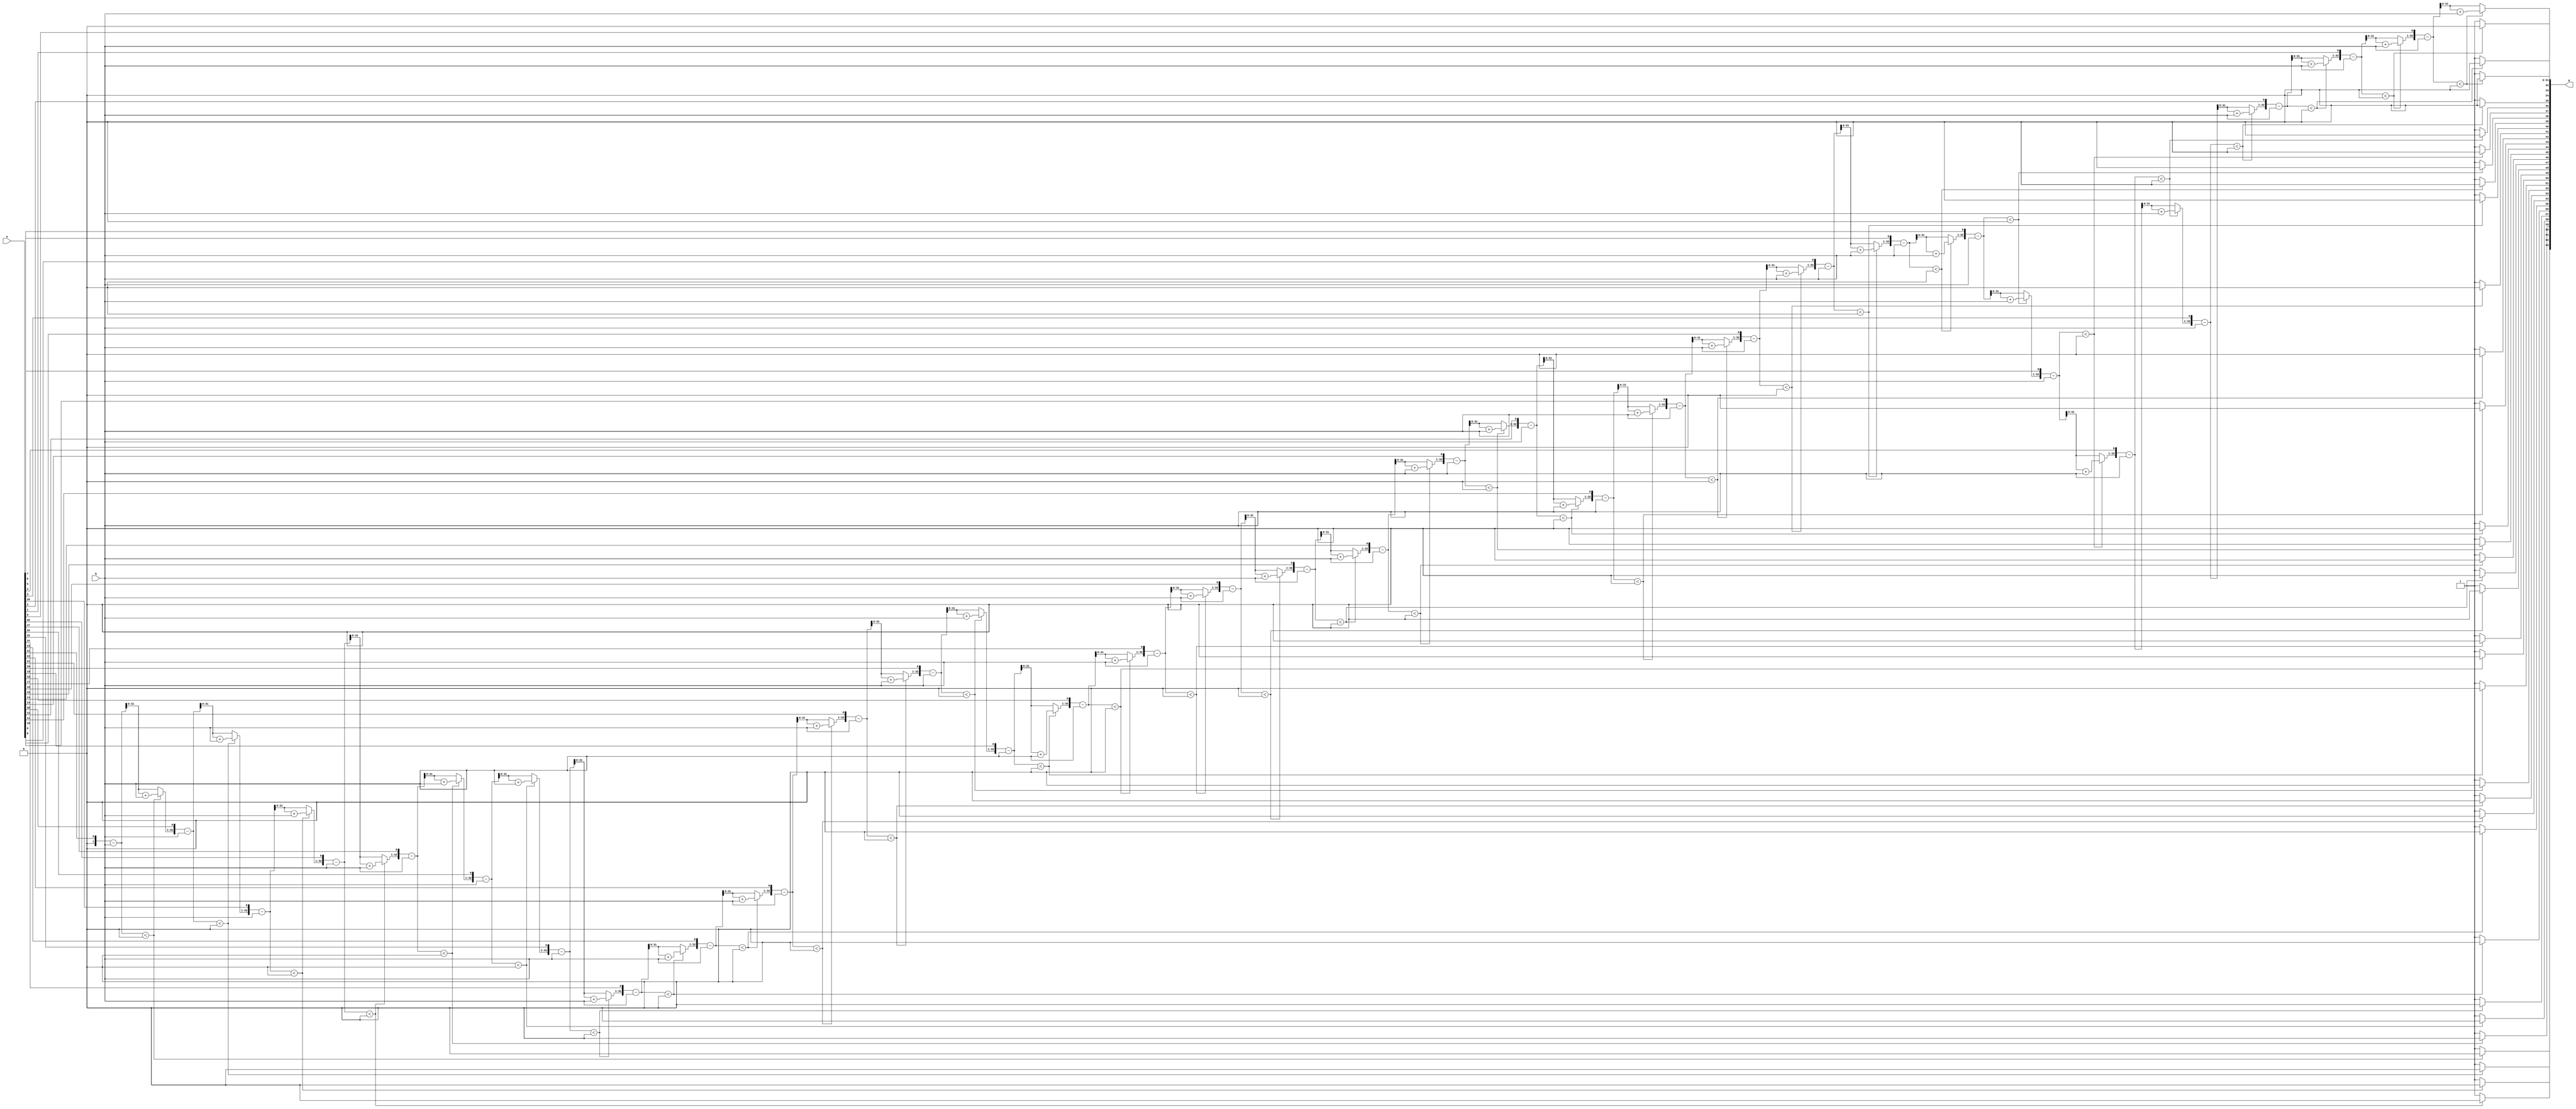
module divider (
  input wire signed [31:0] a,
  input wire signed [31:0] b,

  output wire signed [63:0] q
);
reg signed [32:0] A;
reg signed [31:0] Q;
integer i;

always @(*) begin
  A = 0; 
  Q = a;

  for (i = 0; i < 32; i = i + 1) begin
    A = { A[31:0], Q[31] };
    Q = Q << 1;
	
    A = A - b;
	 
    if (A < 0)begin
      A = A + b;
    end else begin
      Q[0] = 1;
    end
  end
end

assign q[63:32] = Q;
assign q[31:0] = A[31:0];


endmodule